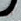
آبه